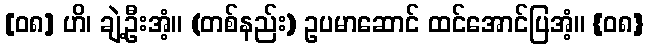
[၀၈] ဟိ၊ ချဲ့ဦးအံ့။ (တစ်နည်း) ဥပမာဆောင် ထင်အောင်ပြအံ့။ {၀၈}